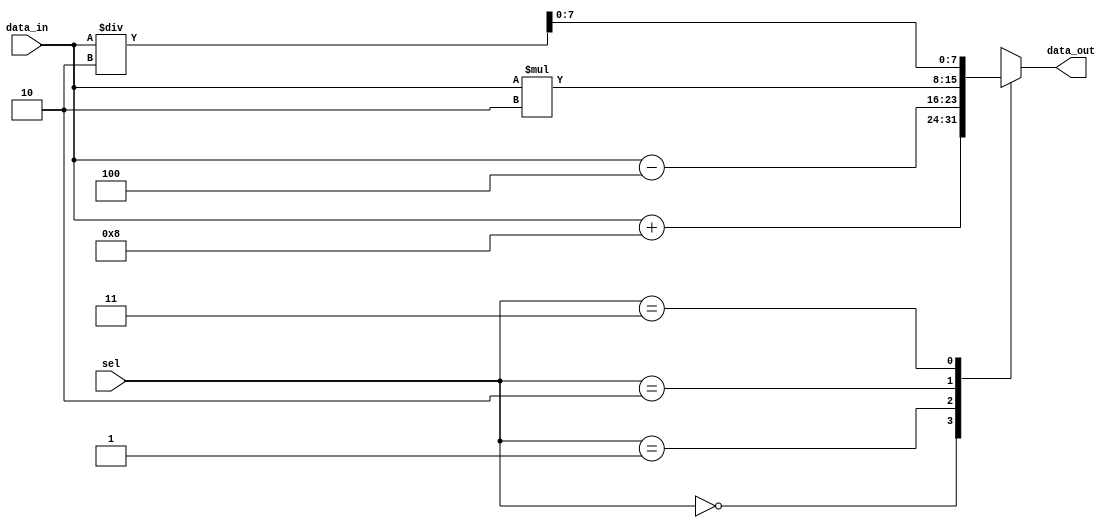
module parallel_case_statement (
    input wire [1:0] sel,
    input wire [7:0] data_in,
    output reg [7:0] data_out
);

always @*
begin
    case (sel)
        2'b00: data_out = data_in + 8;
        2'b01: data_out = data_in - 4;
        2'b10: data_out = data_in * 2;
        2'b11: data_out = data_in / 2;
    endcase
end

endmodule